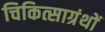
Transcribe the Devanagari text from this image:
चिकित्साग्रंथों